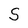
Character: S